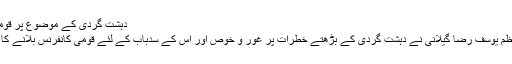
دہشت گردی کے موضوع پر قومی کانفرنس ہوگی
پاکستانی وزیر اعظم یوسف رضا گیلانی نے دہشت گردی کے بڑھتے خطرات پر غور و خوص اور اس کے سدباب کے لئے قومی کانفرنس بلانے کا فیصلہ کر لیا ہے۔